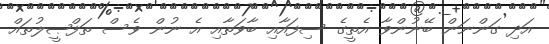
އަދި ގަންނަން ބޭނުންވާ އެތީގެ ސިފައާއި ބާވަތާއި އެ ނުން ވެސް ތަފްޞީލުތައް